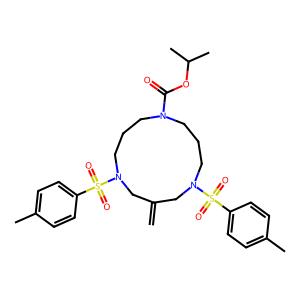
SMILES: C=C1CN(S(=O)(=O)c2ccc(C)cc2)CCCN(C(=O)OC(C)C)CCCN(S(=O)(=O)c2ccc(C)cc2)C1
Inhibits HIV replication: No